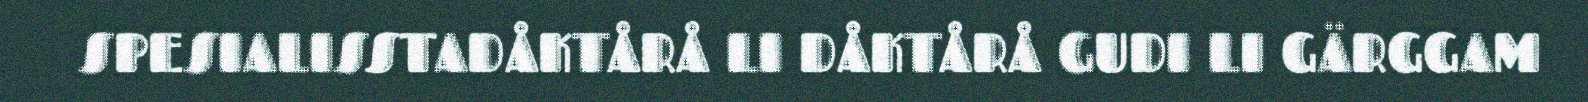
SPESIALISSTADÅKTÅRÅ LI DÅKTÅRÅ GUDI LI GÄRGGAM